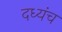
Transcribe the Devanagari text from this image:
दध्यंच